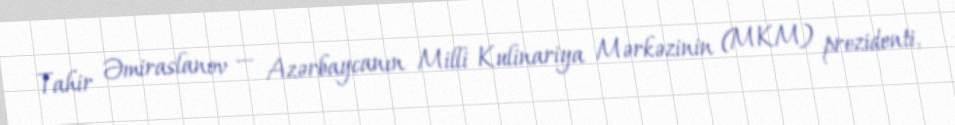
Tahir Əmiraslanov — Azərbaycanın Milli Kulinariya Mərkəzinin (MKM) prezidenti,